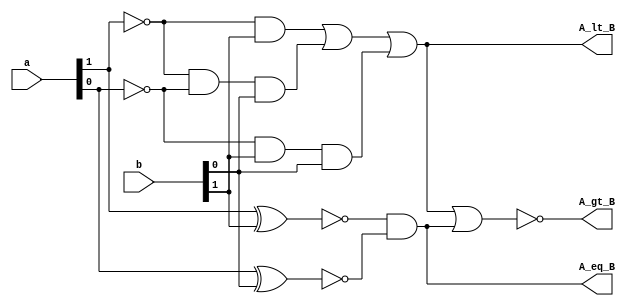
module comparator_2bit(A_gt_B, A_lt_B, A_eq_B, a, b);
    input [1:0] a;
    input [1:0] b;

    output A_gt_B, A_lt_B, A_eq_B;
    wire N1, N2, N3; 
    wire N4, N5;

    and AND_1(N1,~a[1], b[1]);
    and AND_2(N2,~a[1], ~a[0], b[0]);
    and AND_3(N3, ~a[0], b[1], b[0]);

    xnor XNOR_1(N4, a[1], b[1]);
    xnor XNOR_2(N5, a[0], b[0]);

    or  OR_1(A_lt_B, N1, N2, N3);
    and AND_4(A_eq_B, N4, N5);

    nor NOR_1(A_gt_B, A_lt_B, A_eq_B);

endmodule